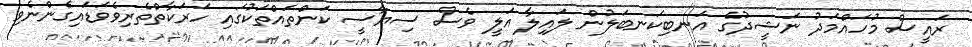
ރައީސް މުހައްމަދު ނަޝީދުގެ އަނބިކަނބަލުން ލައިލާ އަލީ ވެސް ސިޔާސީ ކަންތައްތަކުގައި ހަރަކާތްތެރިވެވަޑައިގެންނެވި